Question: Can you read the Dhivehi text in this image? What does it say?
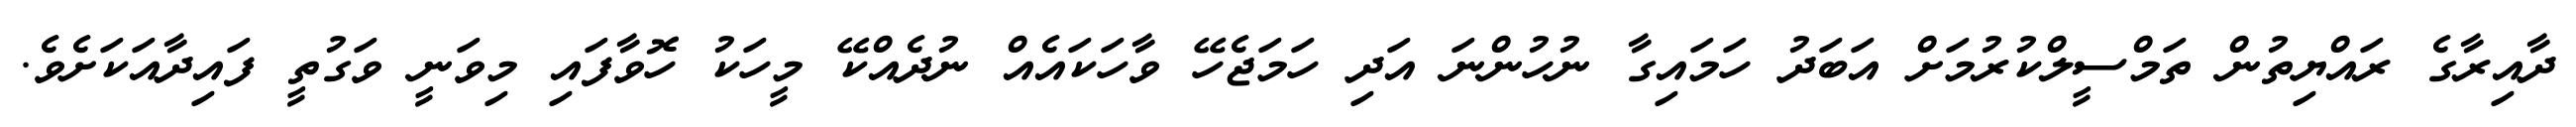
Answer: ދާއިރާގެ ރައްޔިތުން ތަމްސީލްކުރުމަށް އަބަދު ހަމައިގާ ނުހުންނަ އަދި ހަމަޖެހޭ ވާހަކައެއް ނުދެއްކޭ މީހަކު ހޮވާފައި މިވަނީ ވަގުތީ ފައިދާއަކަށެވެ.